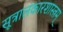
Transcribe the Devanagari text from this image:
सूत्रालंकारशास्त्रम्